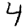
Digit: 4